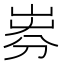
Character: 𡸐